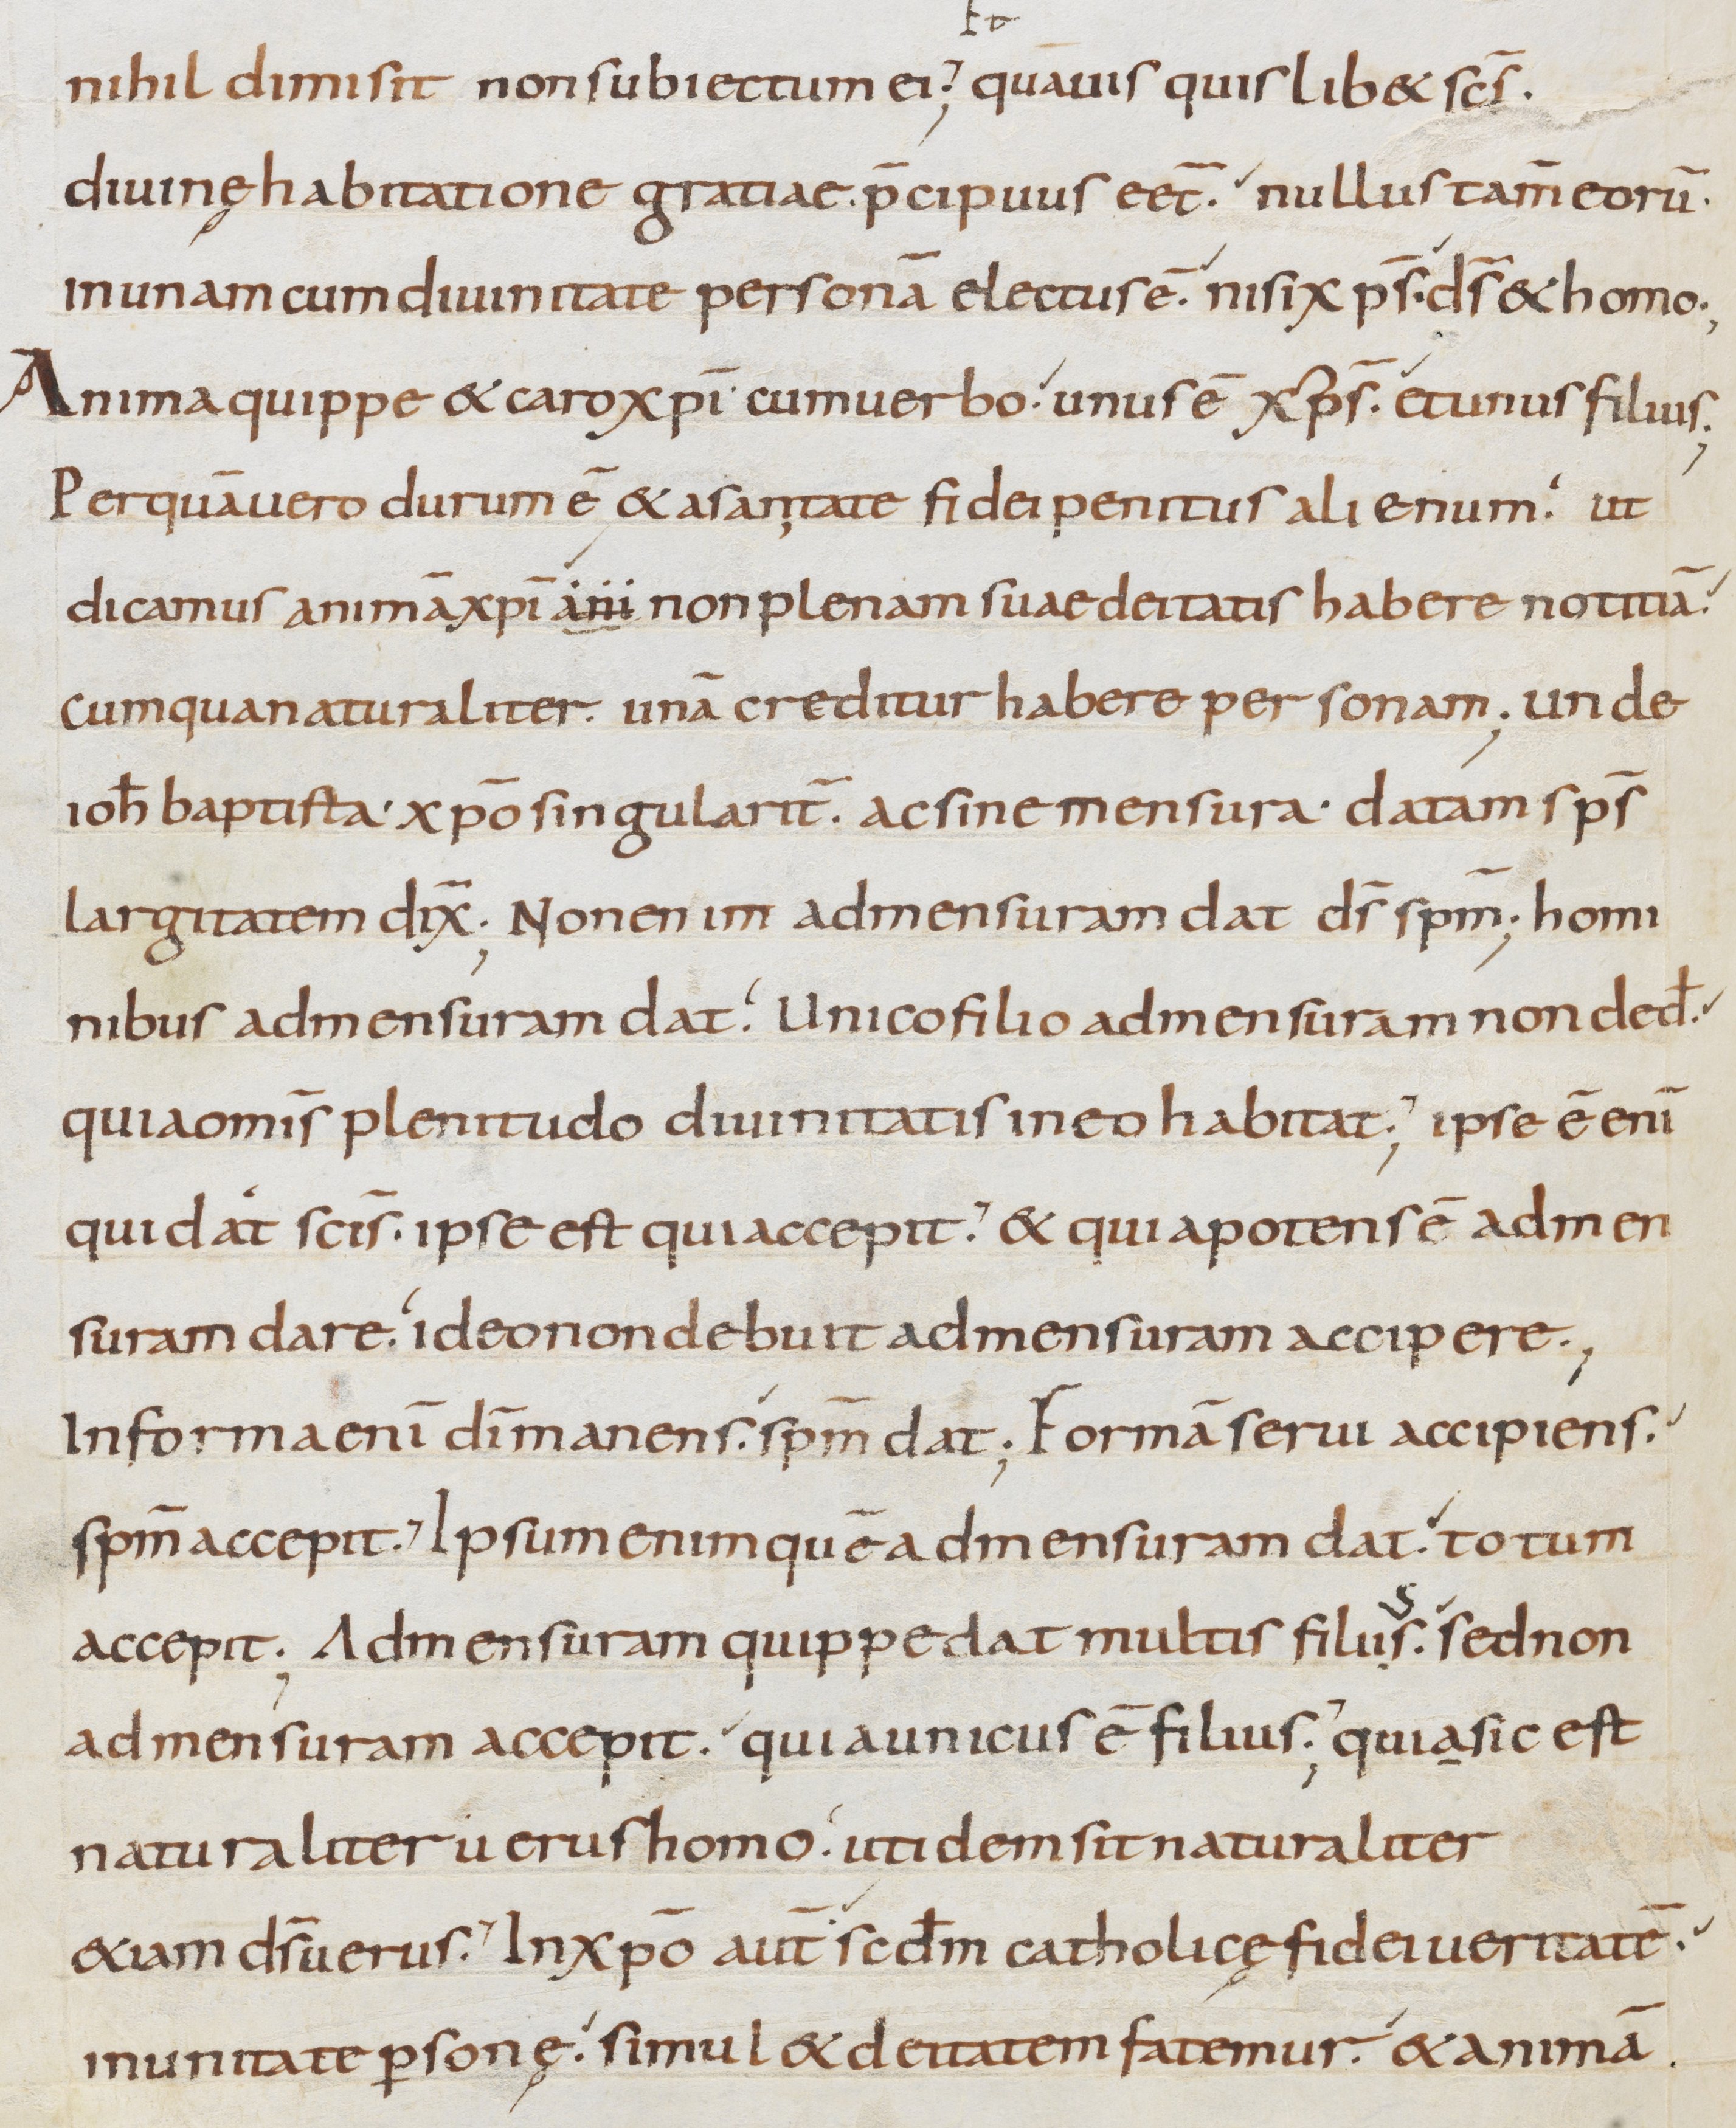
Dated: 800–899